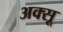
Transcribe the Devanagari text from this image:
अक्सू